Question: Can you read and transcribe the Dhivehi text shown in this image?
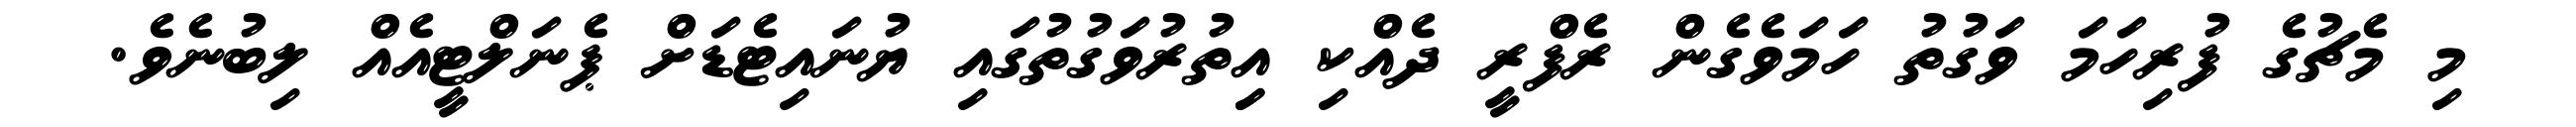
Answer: މި މެޗުގެ ފުރިހަމަ ވަގުތު ހަމަވެގެން ރެފްރީ ދެއްކި އިިތުރުވަގުތުގައި ޔުނައިޓެޑަށް ޕެނަލްޓީއެއް ލިބުނެވެ.